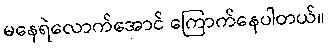
မနေရဲလောက်အောင် ကြောက်နေပါတယ်။